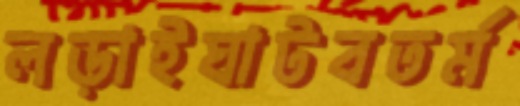
লড়াইঘাটবতর্ম